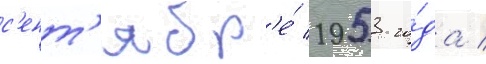
с'ент'ябр'е́ 1953 го́да /